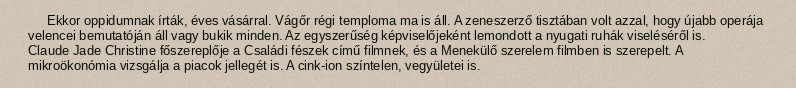
Ekkor oppidumnak írták, éves vásárral. Vágőr régi temploma ma is áll. A zeneszerző tisztában volt azzal, hogy újabb operája velencei bemutatóján áll vagy bukik minden. Az egyszerűség képviselőjeként lemondott a nyugati ruhák viseléséről is. Claude Jade Christine főszereplője a Családi fészek című filmnek, és a Menekülő szerelem filmben is szerepelt. A mikroökonómia vizsgálja a piacok jellegét is. A cink-ion színtelen, vegyületei is.